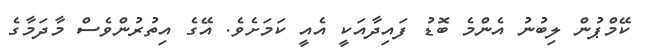
ކޭމްޕުން ލިބުނު އެންމެ ބޮޑު ފައިދާއަކީ އެއީ ކަމަށެވެ. އޭގެ އިތުރުންވެސް މާދަމާގެ